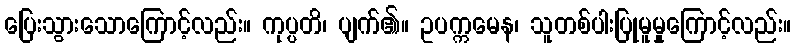
ပြေးသွားသောကြောင့်လည်း။ ကုပ္ပတိ၊ ပျက်၏။ ဥပက္ကမေန၊ သူတစ်ပါးပြုမူမှုကြောင့်လည်း။